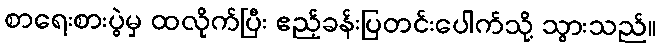
စာရေးစားပွဲမှ ထလိုက်ပြီး ဧည့်ခန်းပြတင်းပေါက်သို့ သွားသည်။